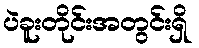
ပဲခူးတိုင်းအတွင်းရှိ